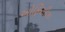
ઓફિસીઝ